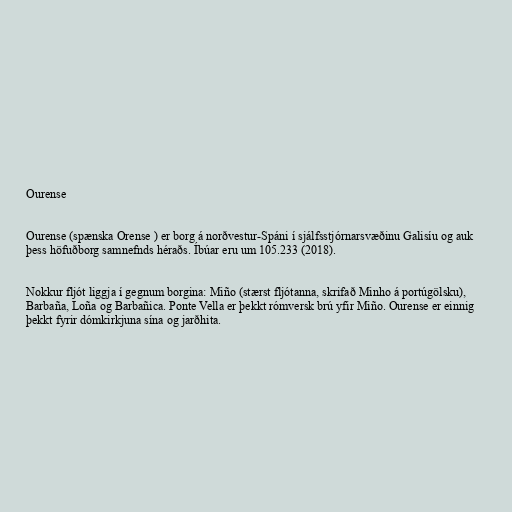
Ourense

Ourense (spænska Orense ) er borg á norðvestur-Spáni í sjálfsstjórnarsvæðinu Galisíu og auk
þess höfuðborg samnefnds héraðs. Íbúar eru um 105.233 (2018).

Nokkur fljót liggja í gegnum borgina: Miño (stærst fljótanna, skrifað Minho á portúgölsku),
Barbaña, Loña og Barbañica. Ponte Vella er þekkt rómversk brú yfir Miño. Ourense er einnig
þekkt fyrir dómkirkjuna sína og jarðhita.